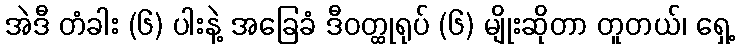
အဲဒီ တံခါး (၆) ပါးနဲ့ အခြေခံ ဒီဝတ္ထုရုပ် (၆) မျိုးဆိုတာ တူတယ်၊ ရှေ့